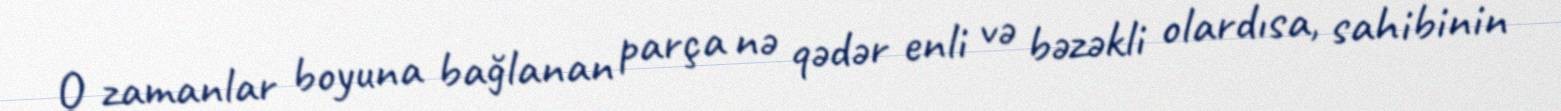
O zamanlar boyuna bağlanan parça nə qədər enli və bəzəkli olardısa, sahibinin